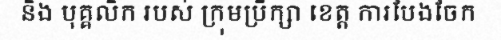
និង បុគ្គលិក របស់ ក្រុមប្រឹក្សា ខេត្ត ការបែងចែក